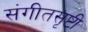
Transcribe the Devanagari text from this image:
संगीतसृष्टी